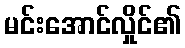
မင်းအောင်လှိုင်၏